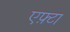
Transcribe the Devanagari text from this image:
एफ़्टा